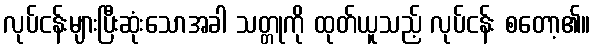
လုပ်ငန်းများပြီးဆုံးသောအခါ သတ္တုကို ထုတ်ယူသည့် လုပ်ငန်း စတော့၏။